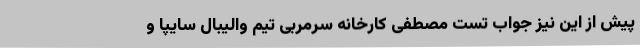
پیش از این نیز جواب تست مصطفی کارخانه سرمربی تیم ‌والیبال سایپا و